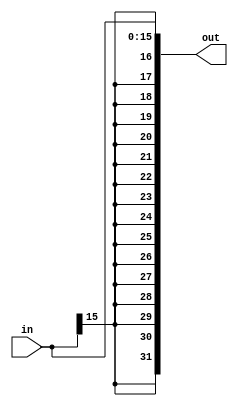
`timescale 1ns / 1ps
//////////////////////////////////////////////////////////////////////////////////
// Company: 
// Engineer: 
// 
// Design Name: 
// Module Name:    sign_extender 
// Project Name: 
// Target Devices: 
// Tool versions: 
// Description: 
//
// Dependencies: 
//
// Revision: 
// Revision 0.01 - File Created
// Additional Comments: 
//
//////////////////////////////////////////////////////////////////////////////////
module sign_extender(
	   input[15:0] in,
	   output[31:0] out
		);
		assign out = {{16{in[15]}},in[15:0]}; // {numberOfTimesToRepeat{value}}
endmodule